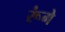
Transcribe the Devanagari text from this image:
रूंगे